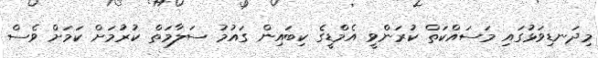
މިދަނޑިވަޅުގައި މަސައްކަތް ކުރަންވީ އެމްޑީގެ ކިބައިން ގައުމު ސަލާމަތް ކުރުމަށް ކަމަށް ވެސް